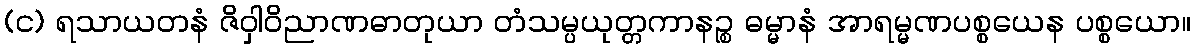
(င) ရသာယတနံ ဇိဝှါဝိညာဏဓာတုယာ တံသမ္ပယုတ္တကာနဉ္စ ဓမ္မာနံ အာရမ္မဏပစ္စယေန ပစ္စယော။